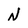
Character: N